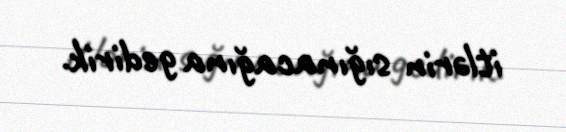
itlərin sığınacağına gedirik.